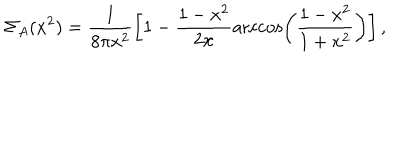
\Sigma _ { A } ( x ^ { 2 } ) = \frac { 1 } { 8 \pi x ^ { 2 } } \left[ 1 - \frac { 1 - x ^ { 2 } } { 2 x } \operatorname { a r c c o s } \left( \frac { 1 - x ^ { 2 } } { 1 + x ^ { 2 } } \right) \right] ,